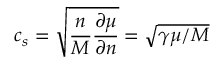
c _ { s } = \sqrt { \frac { n } { M } \frac { \partial \mu } { \partial n } } = \sqrt { \gamma \mu / M }